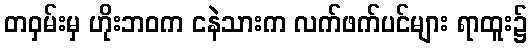
တဝှမ်းမှ ဟိုးဘဝက ငနဲသားက လက်ဖက်ပင်များ ရာထူး၌